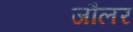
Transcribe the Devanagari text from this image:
जौलर